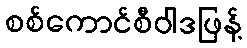
စစ်ကောင်စီဝါဒဖြန့်